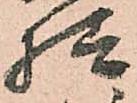
様